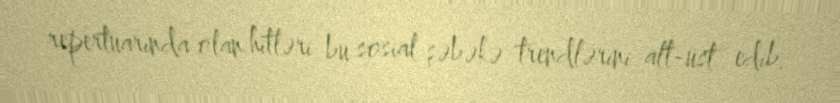
repertuarında olan hitləri bu sosial şəbəkə trendlərini alt-üst edib.